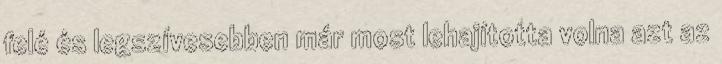
felé és legszívesebben már most lehajította volna azt az